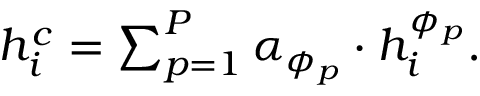
\begin{array} { r } { \begin{array} { r } { h _ { i } ^ { c } = \sum _ { p = 1 } ^ { P } \alpha _ { \phi _ { p } } \cdot h _ { i } ^ { \phi _ { p } } . } \end{array} } \end{array}